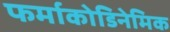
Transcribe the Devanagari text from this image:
फर्माकोडिनेमिक